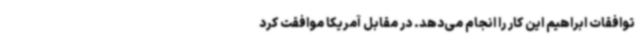
توافقات ابراهیم این کار را انجام می‌دهد. در مقابل آمریکا موافقت کرد